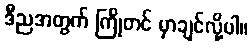
ဒီညအတွက် ကြိုတင် မှာချင်လို့ပါ။